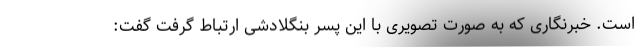
است. خبرنگاری که به صورت تصویری با این پسر بنگلادشی ارتباط گرفت گفت: